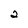
Character: 2